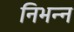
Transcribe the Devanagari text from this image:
निभन्न